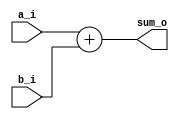
// Name: adder.v
//
// Simple signed adder
module adder #(
  parameter Width = 32
) (
  input  signed [Width-1:0] a_i,
  input  signed [Width-1:0] b_i,
  output signed [Width-1:0] sum_o
);

  assign sum_o = a_i + b_i;

endmodule